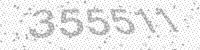
Solution: 355511